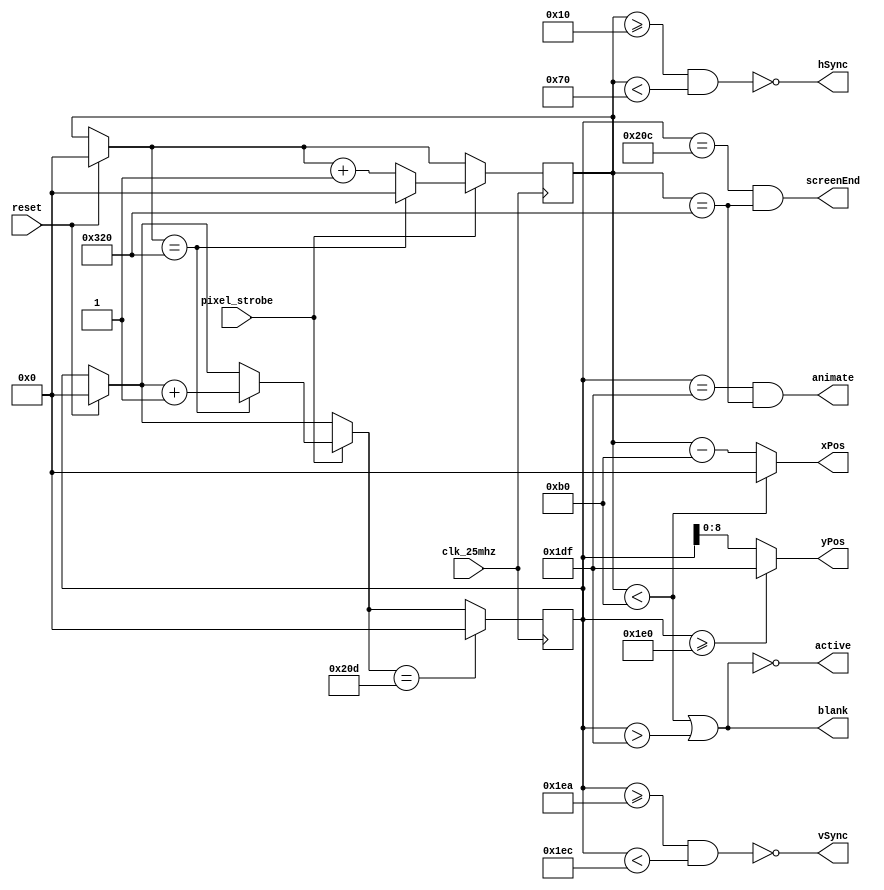
`timescale 1ns / 1ps
//////////////////////////////////////////////////////////////////////////////////
// Company: 
// Engineer: 
// 
// Design Name: 
// Module Name: vga_controller
// Project Name: 
// Target Devices: 
// Tool Versions: 
// Description: 
// 
// Dependencies: 
// 
// Revision:
// Revision 0.01 - File Created
// Additional Comments:
// 
//////////////////////////////////////////////////////////////////////////////////


module vga_controller(input wire clk_25mhz, pixel_strobe, reset,
    output wire hSync, vSync, blank, active, screenEnd, animate, 
    output wire [9:0] xPos, 
    output wire [8:0] yPos
    );
    
    localparam hSync_start = 16;
    localparam hSync_end = hSync_start + 96;
    localparam hActive_start = hSync_start + hSync_end + 48;
    localparam vSync_start = 480 + 10;
    localparam vSync_end = vSync_start + 2;
    localparam vActive_end = 480;
    localparam line = 800;
    localparam screen = 525;
    
    reg [9:0] hCount, vCount;
    
    assign hSync = ~((hCount >= hSync_start) & (hCount < hSync_end));
    assign vSync = ~((vCount >= vSync_start) & (vCount < vSync_end));
    assign xPos = (hCount < hActive_start) ? 0 : (hCount - hActive_start);
    assign yPos = (vCount >= vActive_end) ? (vActive_end - 1) : (vCount);
    assign blank = ((hCount < hActive_start) | (vCount > vActive_end - 1));
    assign active = ~((hCount < hActive_start) | (vCount > vActive_end - 1));
    assign screenEnd = ((vCount == screen - 1) & (hCount == line));
    assign animate = ((vCount == vActive_end -1) & (hCount == line));
    
    always @ (posedge clk_25mhz) begin
        if (reset) begin
            hCount = 0;
            vCount = 0;
        end
        if (pixel_strobe) begin
            if (hCount == line) begin
                hCount = 0;
                vCount = vCount + 1;
            end
            else 
                hCount = hCount + 1;
            end
            if (vCount == screen)
                vCount = 0;
    end
endmodule